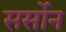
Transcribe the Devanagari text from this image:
सर्सोन